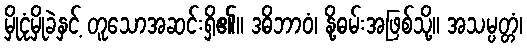
မှိုငုံမှိုခဲနှင့် တူသောအဆင်းရှိ၏။ ဒဓိဘာဝံ၊ နို့ဓမ်းအဖြစ်သို့။ အသမ္ပတ္တံ၊